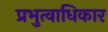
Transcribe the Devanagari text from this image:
प्रभुत्वाधिकार